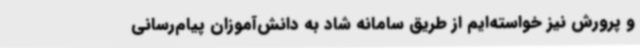
و پرورش نیز خواسته‌ایم از طریق سامانه شاد به دانش‌آموزان پیام‌رسانی